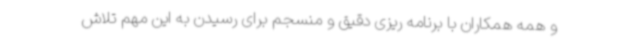
و همه همکاران با برنامه ریزی دقیق و منسجم برای رسیدن به این مهم تلاش